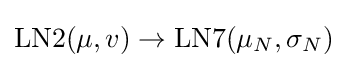
\operatorname {LN2} (\mu ,v)\to \operatorname {LN7} (\mu _{N},\sigma _{N})